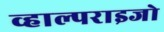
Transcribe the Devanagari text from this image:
व्हाल्पराइजो